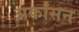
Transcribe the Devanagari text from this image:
अर्कांसन